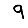
Digit: 9